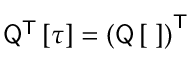
{ \sf Q } ^ { \sf T } \left[ \tau \right] = \left( \sf { Q } \left[ \tau \right] \right) ^ { \sf T }